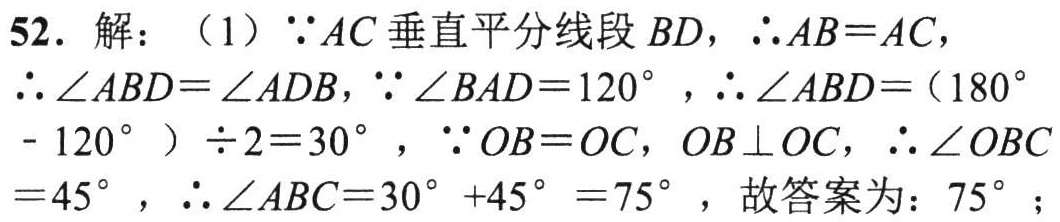
52. 解：（1）\(\because AC\)垂直平分线段\(BD\)，\(\therefore AB = AC\)，\(\therefore \angle ABD=\angle ADB\)，\(\because \angle BAD = 120^{\circ}\)，\(\therefore \angle ABD=(180^{\circ}- 120^{\circ})\div2 = 30^{\circ}\)，\(\because OB = OC\)，\(OB\perp OC\)，\(\therefore \angle OBC = 45^{\circ}\)，\(\therefore \angle ABC=30^{\circ}+45^{\circ}=75^{\circ}\)，故答案为：\(75^{\circ}\)；